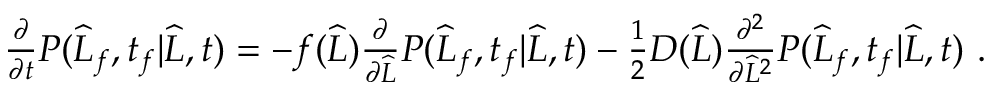
\begin{array} { r } { \frac { \partial } { \partial t } P ( \widehat { L } _ { f } , t _ { f } | \widehat { L } , t ) = - f ( \widehat { L } ) \frac { \partial } { \partial \widehat { L } } P ( \widehat { L } _ { f } , t _ { f } | \widehat { L } , t ) - \frac { 1 } { 2 } D ( \widehat { L } ) \frac { \partial ^ { 2 } } { \partial \widehat { L } ^ { 2 } } P ( \widehat { L } _ { f } , t _ { f } | \widehat { L } , t ) \ . } \end{array}